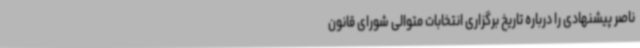
ناصر پیشنهادی را درباره تاریخ برگزاری انتخابات متوالی شورای قانون